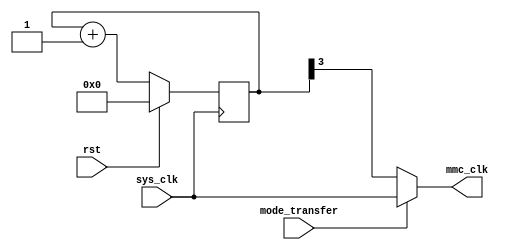
// Copyright 2004-2005 Openchip
// http://www.openchip.org

// ---------------------------------------------------------------------------
// Clock Prescaler
//
// For Xilinx Passive serial we use
// Divide by 16 or 1:1 clock deliver from FGPA (6MHz)
// ---------------------------------------------------------------------------

module mmc_boot_prescaler_16_1(
  rst,
  sys_clk,
  mmc_clk,
  mode_transfer
  );

input rst;
input sys_clk;
output mmc_clk;
input mode_transfer;

reg [3:0] prescaler;

always @(posedge sys_clk)
  if (rst)
    prescaler <= 4'b0000;
  else
    prescaler <= prescaler + 4'b0001;

// ---------------------------------------------------------------------------
// Select divide by 16 or direct sys_clk (CCLK)
// ---------------------------------------------------------------------------

assign mmc_clk = mode_transfer ?  sys_clk : prescaler[3]; 


endmodule